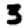
Digit: 3